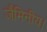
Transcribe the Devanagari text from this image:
जैमिनीय।